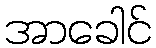
အာခေါင်